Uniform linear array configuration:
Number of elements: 24
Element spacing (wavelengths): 0.75
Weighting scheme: blackman
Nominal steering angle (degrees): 45
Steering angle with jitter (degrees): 46.137
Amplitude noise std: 0.05
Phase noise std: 0.05

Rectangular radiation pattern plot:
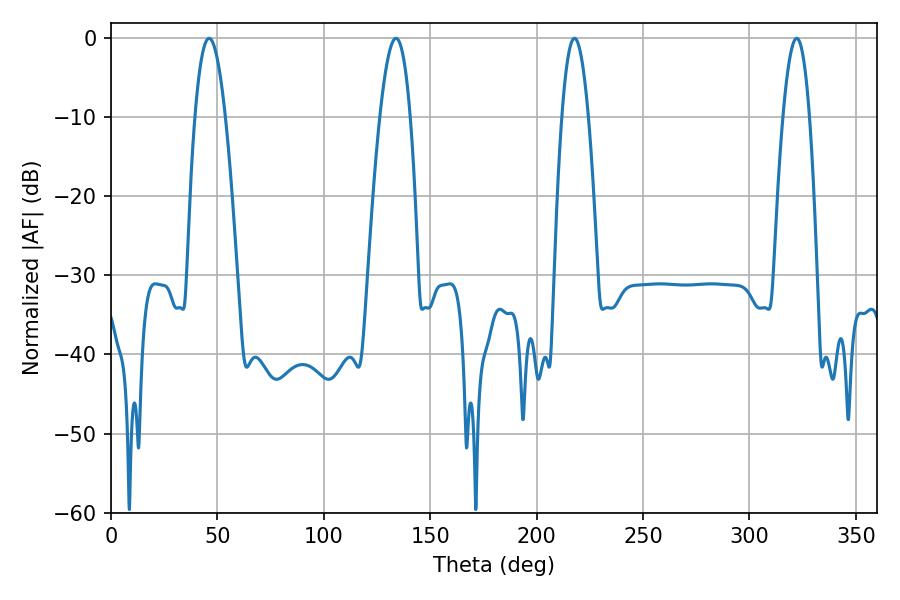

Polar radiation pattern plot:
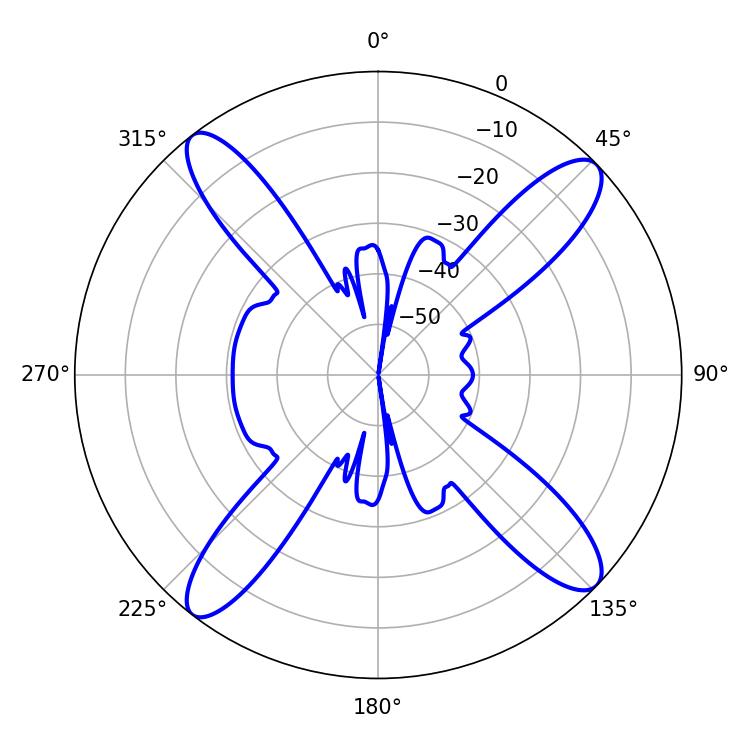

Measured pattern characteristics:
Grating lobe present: TRUE
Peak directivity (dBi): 15.681
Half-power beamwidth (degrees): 6.66
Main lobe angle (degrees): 217.8